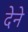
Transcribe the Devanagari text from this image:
देेने